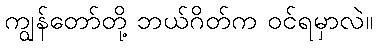
ကျွန်တော်တို့ ဘယ်ဂိတ်က ဝင်ရမှာလဲ။